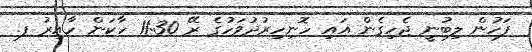
ފަހުން ލިބުނީ ޖެހިގެން އައި ހޮނިހިރުދުވަހުގެ ރޭ 11:30 ހާކަން ހާއިރު ފ.